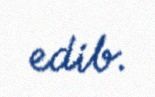
edib.